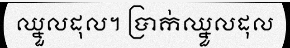
ឈ្នួលដុល។ ប្រាក់ឈ្នួលដុល